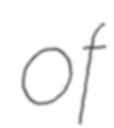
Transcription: of